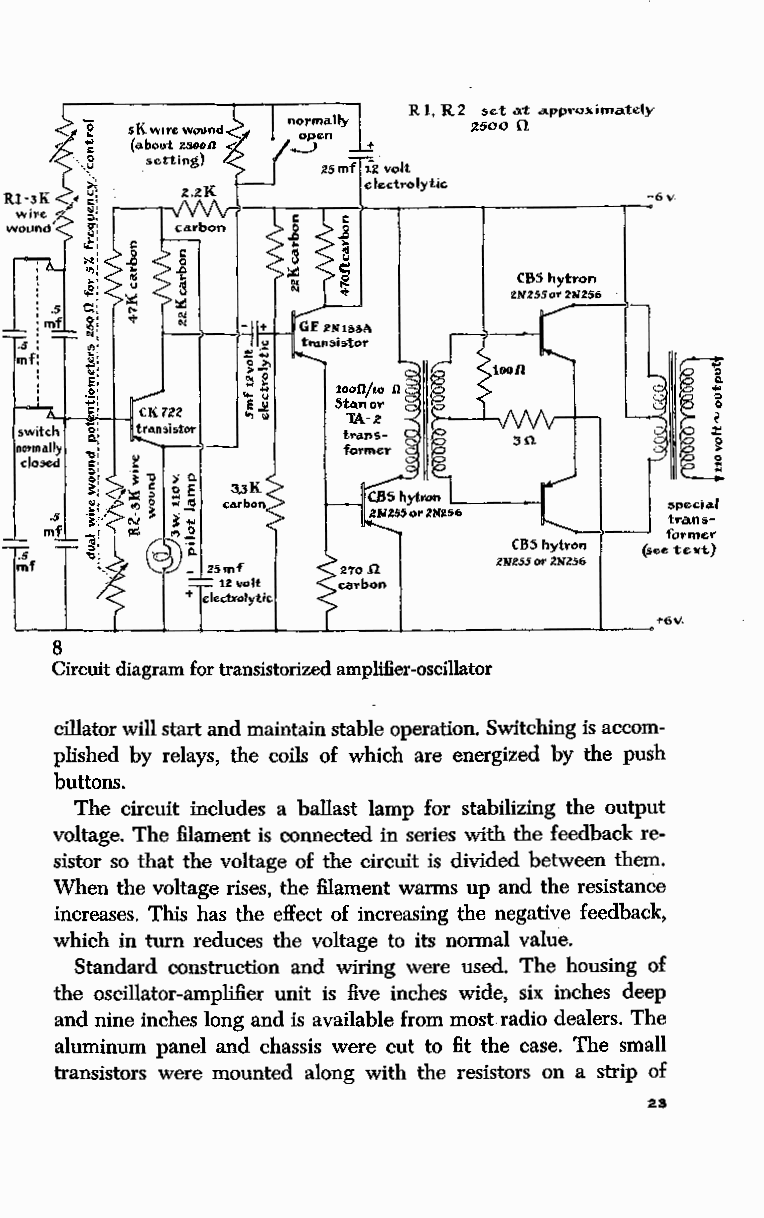
Rl, R2 set at a.pp.-oximatcly
 ~500 0.
 CS5 hytron
 2N2~5or 2111256
 speciAl
 .s                                       trans
 mf
 former
 .5                                       (see t '"'t)
 mf
 8
 Circuit diagram for transistorized amplifier-oscillator
 cillator will start and maintain stable operation. Switching is accom
 plished by relays, the coils of which are energized by the push
 buttons.
 The circuit includes a ballast lamp for stabilizing the output
 voltage. The filament is connected in series with the feedback re
 sistor so that the voltage of the circuit is divided between them.
 When the voltage rises, the filament warms up and the resistance
 increases. This has the effect of increasing the negative feedback,
 which in turn reduces the voltage to its normal value.
 Standard construction and wiring were used. The housing of
 the oscillator-amplifier unit is five inches wide, six inches deep
 and nine inches long and is available from most radio dealers. The
 aluminum panel and chassis were cut to fit the case. The small
 transistors were mounted along with the resistors on a strip of
 23